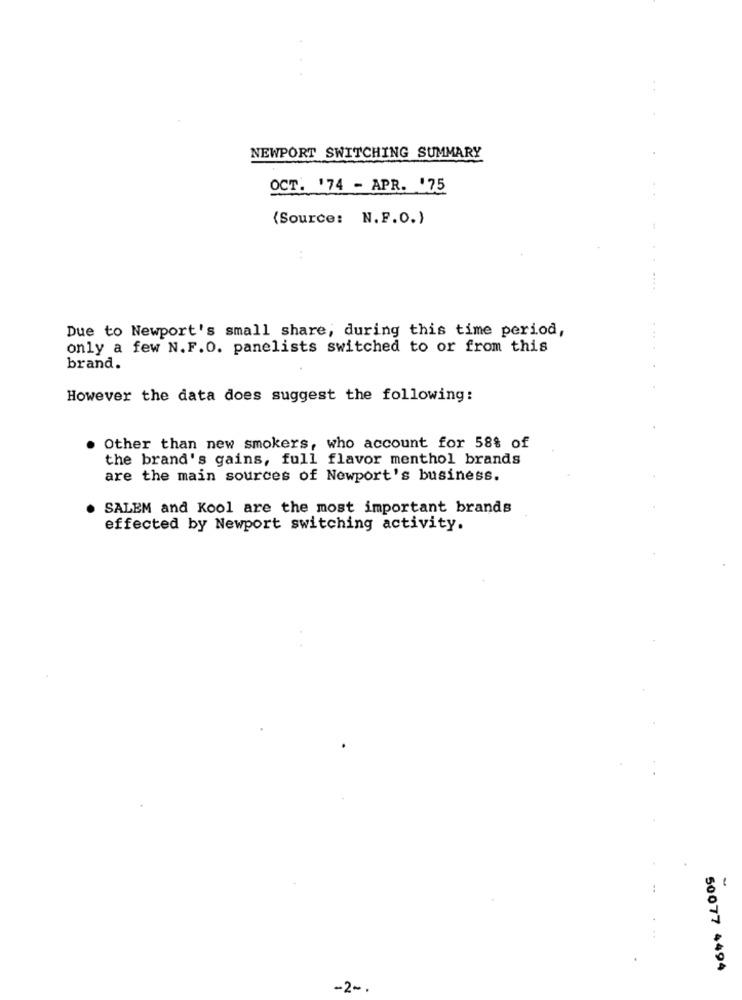
NEWPORT SWITCHING SUMMARY
OCT. '74 - APR. '75
(Source: N.F.O.)
:
Due to Newport's small share, during this time period,
only a few N. F.O. panelists switched to or from this
brand.
However the data does suggest the following:
Other than new smokers, who account for 58% of
the brand's gains, full flavor menthol brands
are the main sources of Newport's business.
SALEM and Kool are the most important brands
effected by Newport switching activity.
-
50077 4494
-2 -.